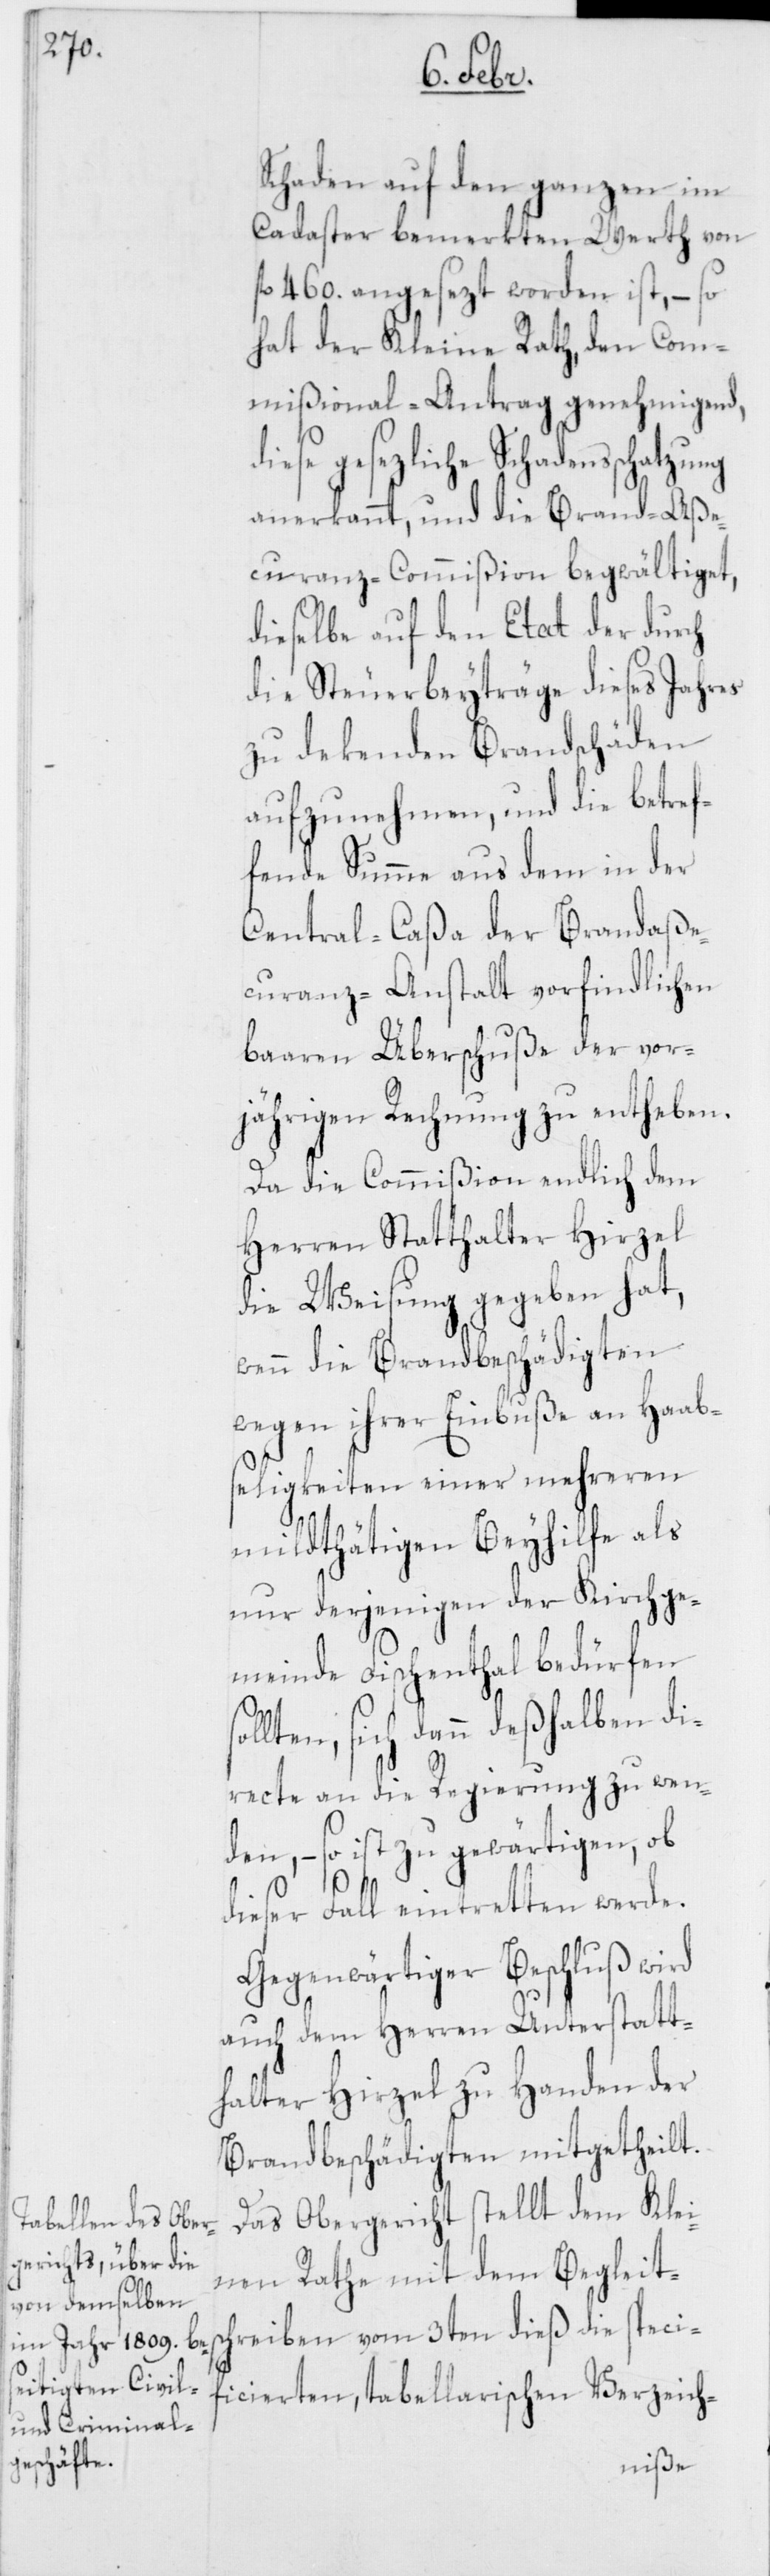
Schaden auf dem ganzen im
Cadaster bemerkten Werth von
fl. 460. angesezt worden ist, – so
hat der Kleine Rath, den Com¬
mißional-Antrag genehmigend,
iese gesezliche Schadensschatzung
anerkannt, und die Brand-Aße¬
curanz-Commißion begwältiget,
dieselbe auf den Etat der durch
die Steuerbeyträge dieses Jahres
zu dekenden Brandschäden
aufzunehmen, und die betref¬
fende Summe aus dem in der
Central-Caßa der Brandaße¬
curanz-Anstalt vorfindlichen
baaren Überschuße der vor¬
jährigen Rechnung zu entheben.
Da die Commißion endlich dem
Herren Statthalter Hirzel
die Weisung gegeben hat,
wenn die Brandbeschädigten
wegen ihrer Einbuße an Haabs¬
eligkeiten einer mehreren
mildthätigen Beyhilfe als
nur derjenigen der Kirchge¬
meinde Fischenthal bedürfen
llten, sich dann deßhalben di¬
so¬
recte an die Regierung zu wen¬
den, – so ist zu gewärtigen, ob
dieser Fall eintretten werde.
Gegenwärtiger Beschluß wird
auch dem Herren Unterstatt¬
halter Hirzel zu Handen der
Brandbeschädigten mitgetheilt.
Das Obergericht stellt dem Klei¬
nen Rathe mit dem Begleits¬
chreiben vom 3ten dieß die speci¬
ficierten, tabellarischen Verzeich-